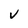
Character: V